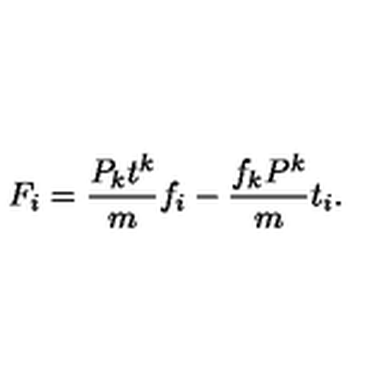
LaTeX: F _ { i } = { \frac { P _ { k } t ^ { k } } { m } } f _ { i } - { \frac { f _ { k } P ^ { k } } { m } } t _ { i } .